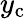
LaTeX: y_{\mathrm{c}}